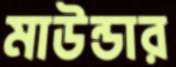
মাউন্ডার